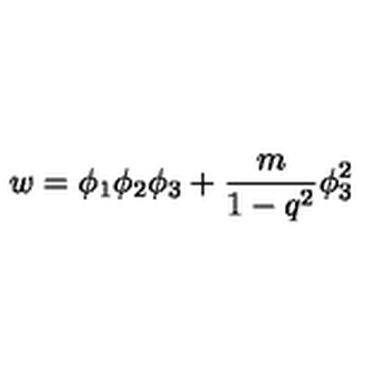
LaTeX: w = \phi _ { 1 } \phi _ { 2 } \phi _ { 3 } + \frac { m } { 1 - q ^ { 2 } } \phi _ { 3 } ^ { 2 }